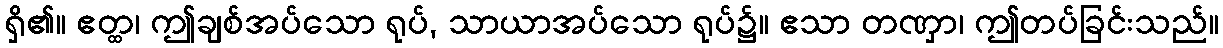
ရှိ၏။ ဧတ္ထ၊ ဤချစ်အပ်သော ရုပ်, သာယာအပ်သော ရုပ်၌။ ဧသာ တဏှာ၊ ဤတပ်ခြင်းသည်။